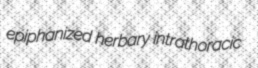
epiphanized herbary intrathoracic